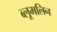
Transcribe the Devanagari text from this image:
ब्लूमलिन